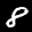
Label: 8